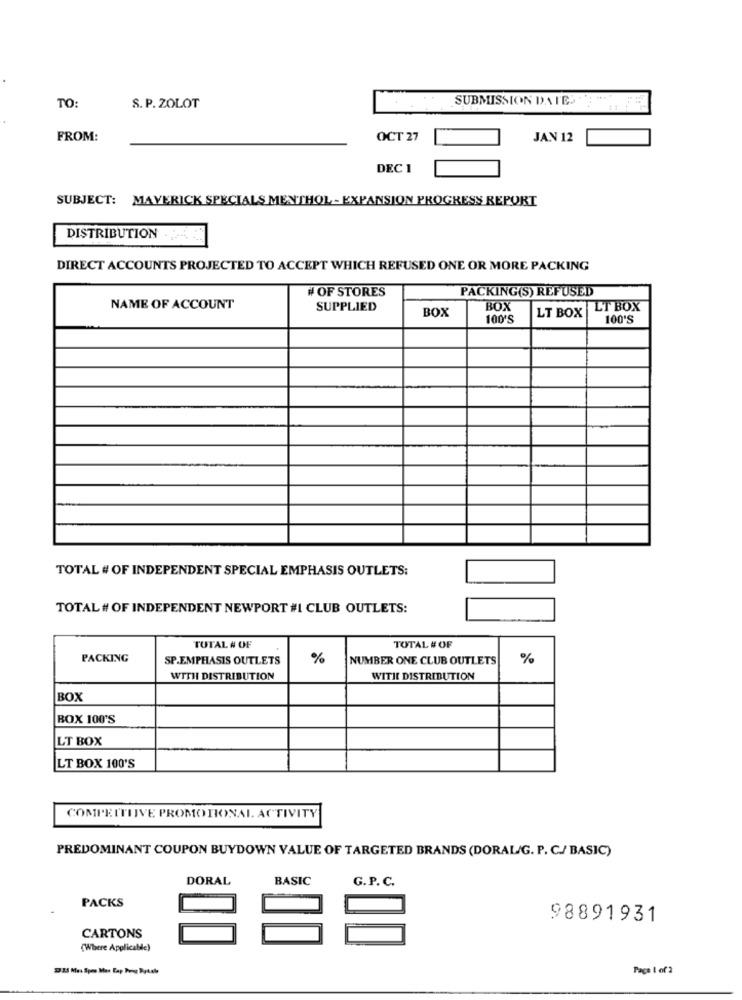
SUBMISSION DATE:"
TO:
S. P. ZOLOT
FROM:
OCT 27
JAN 12
DEC 1
SUBJECT: MAVERICK SPECIALS MENTHOL - EXPANSION PROGRESS REPORT
DISTRIBUTION ...
DIRECT ACCOUNTS PROJECTED TO ACCEPT WHICH REFUSED ONE OR MORE PACKING
# OF STORES
PACKING(S) REFUSED
NAME OF ACCOUNT
SUPPLIED
BOX
BOX
LT BOX
100'S
LT BOX
100'S
TOTAL # OF INDEPENDENT SPECIAL EMPHASIS OUTLETS:
TOTAL # OF INDEPENDENT NEWPORT #I CLUB OUTLETS:
TUTAL # OF
TOTAL # OF
PACKING
SP.EMPHASIS OUTLETS
%
NUMBER ONE CLUB OUTLETS
%
WITH DISTRIBUTION
WITH DISTRIBUTION
BOX
BOX 100'S
LT BOX
LT BOX 100'S
COMPECTIVE PROMOTIONAL ACTIVITY
PREDOMINANT COUPON BUYDOWN VALUE OF TARGETED BRANDS (DORAL/G. P. C./ BASIC)
DORAL
BASIC
G. P. C.
PACKS
98891931
CARTONS
(Where Applicable)
Page 1 of 2